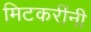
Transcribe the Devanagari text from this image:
मिटकरींनी